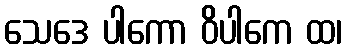
သေဒေ ပါကော ဝိပါကေ ထ၊